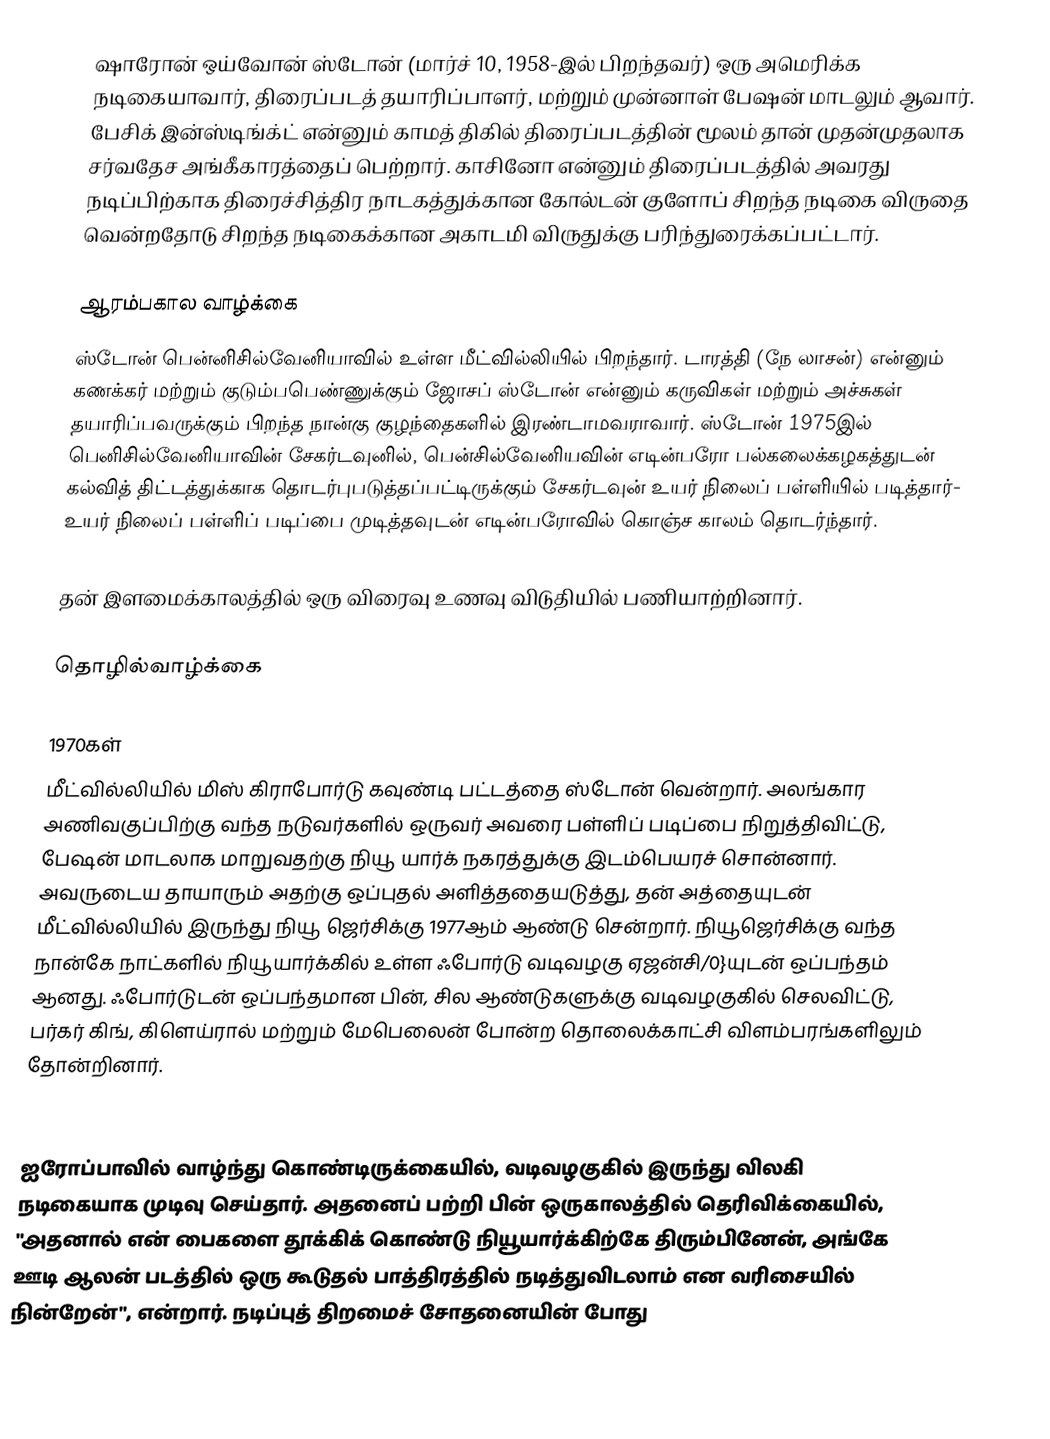
ஷாரோன் ஒய்வோன் ஸ்டோன்  (மார்ச் 10, 1958-இல் பிறந்தவர்) ஒரு அமெரிக்க நடிகையாவார், திரைப்படத் தயாரிப்பாளர், மற்றும் முன்னாள் பேஷன் மாடலும் ஆவார். பேசிக் இன்ஸ்டிங்க்ட்  என்னும் காமத் திகில் திரைப்படத்தின் மூலம் தான் முதன்முதலாக சர்வதேச அங்கீகாரத்தைப் பெற்றார். காசினோ என்னும் திரைப்படத்தில் அவரது நடிப்பிற்காக திரைச்சித்திர நாடகத்துக்கான கோல்டன் குளோப் சிறந்த நடிகை விருதை வென்றதோடு சிறந்த நடிகைக்கான அகாடமி விருதுக்கு பரிந்துரைக்கப்பட்டார்.

ஆரம்பகால வாழ்க்கை
ஸ்டோன் பென்னிசில்வேனியாவில் உள்ள மீட்வில்லியில் பிறந்தார். டாரத்தி (நே லாசன்) என்னும் கணக்கர் மற்றும் குடும்பபெண்ணுக்கும் ஜோசப் ஸ்டோன் என்னும் கருவிகள் மற்றும் அச்சுகள் தயாரிப்பவருக்கும் பிறந்த நான்கு குழந்தைகளில் இரண்டாமவராவார். ஸ்டோன் 1975இல் பெனிசில்வேனியாவின் சேகர்டவுனில், பென்சில்வேனியவின் எடின்பரோ பல்கலைக்கழகத்துடன் கல்வித் திட்டத்துக்காக தொடர்புபடுத்தப்பட்டிருக்கும் சேகர்டவுன் உயர் நிலைப் பள்ளியில் படித்தார்-  உயர் நிலைப் பள்ளிப் படிப்பை முடித்தவுடன் எடின்பரோவில் கொஞ்ச காலம் தொடர்ந்தார்.

தன் இளமைக்காலத்தில் ஒரு விரைவு உணவு விடுதியில் பணியாற்றினார்.

தொழில்வாழ்க்கை

1970கள்
மீட்வில்லியில் மிஸ் கிராபோர்டு கவுண்டி பட்டத்தை ஸ்டோன் வென்றார். அலங்கார அணிவகுப்பிற்கு வந்த நடுவர்களில் ஒருவர் அவரை பள்ளிப் படிப்பை நிறுத்திவிட்டு, பேஷன் மாடலாக மாறுவதற்கு நியூ யார்க் நகரத்துக்கு இடம்பெயரச் சொன்னார். அவருடைய தாயாரும் அதற்கு ஒப்புதல் அளித்ததையடுத்து, தன் அத்தையுடன் மீட்வில்லியில் இருந்து நியூ ஜெர்சிக்கு 1977ஆம் ஆண்டு சென்றார். நியூஜெர்சிக்கு வந்த நான்கே நாட்களில் நியூயார்க்கில் உள்ள ஃபோர்டு வடிவழகு ஏஜன்சி/0}யுடன் ஒப்பந்தம் ஆனது. ஃபோர்டுடன் ஒப்பந்தமான பின், சில ஆண்டுகளுக்கு வடிவழகுகில் செலவிட்டு, பர்கர் கிங், கிளெய்ரால் மற்றும் மேபெலைன் போன்ற தொலைக்காட்சி விளம்பரங்களிலும் தோன்றினார்.

1980–1990
ஐரோப்பாவில் வாழ்ந்து கொண்டிருக்கையில், வடிவழகுகில் இருந்து விலகி நடிகையாக முடிவு செய்தார். அதனைப் பற்றி பின் ஒருகாலத்தில் தெரிவிக்கையில், "அதனால் என் பைகளை தூக்கிக் கொண்டு நியூயார்க்கிற்கே திரும்பினேன், அங்கே ஊடி ஆலன் படத்தில் ஒரு கூடுதல் பாத்திரத்தில் நடித்துவிடலாம் என வரிசையில் நின்றேன்", என்றார். நடிப்புத் திறமைச் சோதனையின் போது